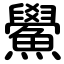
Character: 鱟